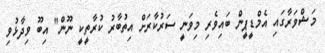
މަޝްވަރާގައި އެމްޑީޕީން ބައިވެރި މިވަނީ ސަރުކާރަށް އިތުބާރު ކުރާތީކީ ނޫން" އިބޫ ވިދާޅުވި